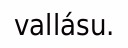
vallásu.